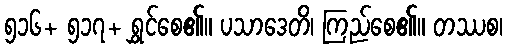
၅၁၆+ ၅၁၇+ ရွှင်စေ၏။ ပသာဒေတိ၊ ကြည်စေ၏။ တဿစ၊